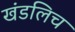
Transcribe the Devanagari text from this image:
खंडलिच